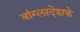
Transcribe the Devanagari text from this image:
बांग्लादेशके